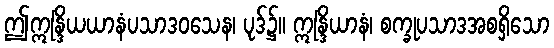
ဤဣန္ဒြိယယာနံပသာဒဝသေန၊ ပုဒ်၌။ ဣန္ဒြိယာနံ၊ စက္ခုပသာဒအစရှိသော